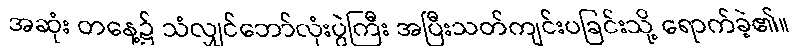
အဆုံး တနေ့၌ သံလျှင်ဘော်လုံးပွဲကြီး အပြီးသတ်ကျင်းပခြင်းသို့ ရောက်ခဲ့၏။